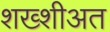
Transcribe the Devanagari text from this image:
शख्शीअत